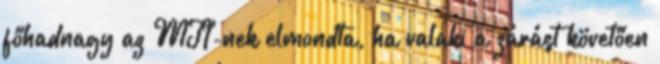
főhadnagy az MTI-nek elmondta, ha valaki a zárást követően